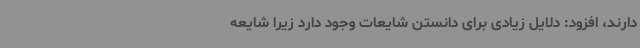
دارند، افزود: دلایل زیادی برای دانستن شایعات وجود دارد زیرا شایعه